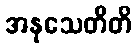
အနုသေတီတိ